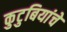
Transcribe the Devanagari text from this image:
कुटुबियांचे